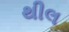
થીલ